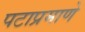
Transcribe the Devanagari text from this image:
पटाप्रमाणे